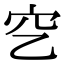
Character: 穵